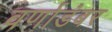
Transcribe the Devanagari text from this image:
वर्णाडंबर